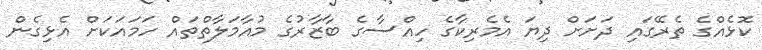
ކޮޅެއްގެ ތެރޭގައި ދަށަށް ދިޔަ އެމެރިކާގެ ހިއްސާގެ ބާޒާރުގެ މުއާމަލާތްތައް ހަމައަކަށް އެޅިގެން